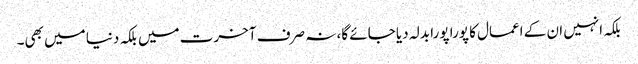
بلکہ انہیں ان کے اعمال کا پورا پورا بدلہ دیا جائے گا، نہ صرف آخرت میں بلکہ دنیا میں بھی۔